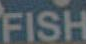
FISH